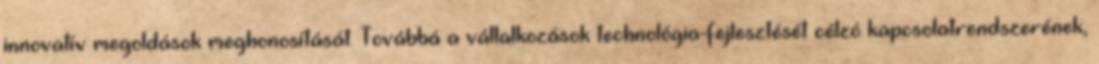
innovatív megoldások meghonosítását. Továbbá a vállalkozások technológia-fejlesztését célzó kapcsolatrendszerének,